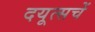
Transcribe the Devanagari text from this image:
दयूत्सचें